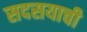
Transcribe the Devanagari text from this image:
सदसयाची